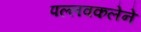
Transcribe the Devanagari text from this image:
पल्लवकलेने